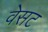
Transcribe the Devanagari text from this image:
वेसट